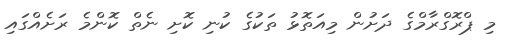
މި ޕްރޮގްރާމްގެ ދަށުން މިއަތޮޅު ތަކުގެ ކުނި ކޮށި ނެތް ކޮންމެ ރަށެއްގައި